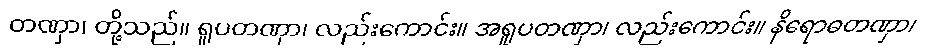
တဏှာ၊ တို့သည်။ ရူပတဏှာ၊ လည်းကောင်း။ အရူပတဏှာ၊ လည်းကောင်း။ နိရောဓတဏှာ၊